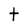
Character: t